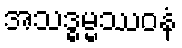
အသဒ္ဓမ္မဿဝနံ